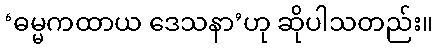
‘ဓမ္မကထာယ ဒေသနာ’ဟု ဆိုပါသတည်း။